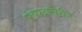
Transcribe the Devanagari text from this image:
पंचपदाखेरीज